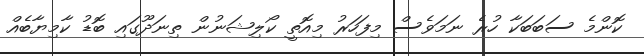
ކޮންމެ ސަބަބަކާ ހުރެ ނަމަވެސް މިފަހަރު މިއޮތީ ކޯލިޝަނުން ތިނަދޫގައި ބޮޑު ކާމިޔާބެއް